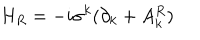
H _ { R } = - i \sigma ^ { k } ( \partial _ { k } + A _ { k } ^ { R } )